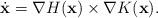
LaTeX: \begin{align*} \dot{\mathbf{x}} = \nabla H(\mathbf{x})\times \nabla K(\mathbf{x}). \end{align*}